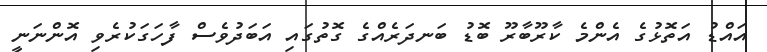
އައްޑު އަތޮޅުގެ އެންމެ ކާރޫބާރޫ ބޮޑު ބަނދަރެއްގެ ގޮތުގައި އަބަދުވެސް ފާހަގަކުރެވި އޮންނަނީ